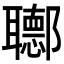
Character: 𨟡